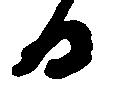
日